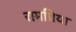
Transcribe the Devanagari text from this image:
रामप्रिया